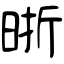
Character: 晣